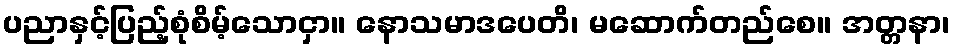
ပညာနှင့်ပြည့်စုံစိမ့်သောငှာ။ နောသမာဒပေတိ၊ မဆောက်တည်စေ။ အတ္တနာ၊